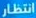
انتظار